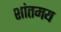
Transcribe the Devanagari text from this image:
शांतमय